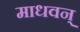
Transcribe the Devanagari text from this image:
माधवन्